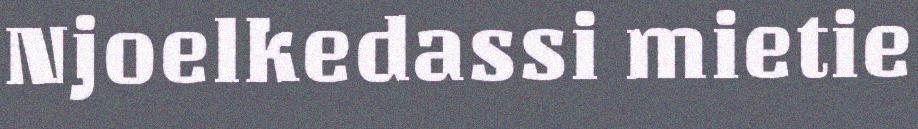
Njoelkedassi mietie